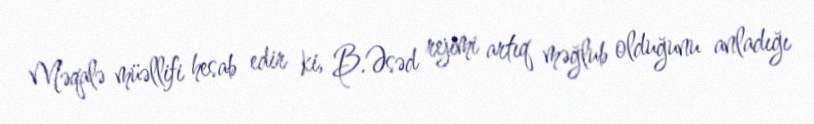
Məqalə müəllifi hesab edir ki, B.Əsəd rejimi artıq məğlub olduğunu anladığı